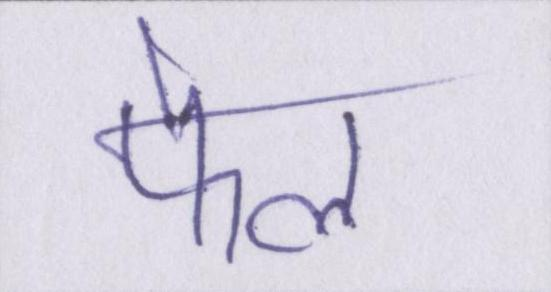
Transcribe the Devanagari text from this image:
फेल